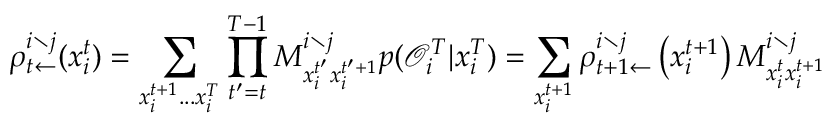
\rho _ { t \leftarrow } ^ { i \setminus j } ( x _ { i } ^ { t } ) = \sum _ { x _ { i } ^ { t + 1 } . . . x _ { i } ^ { T } } \prod _ { t ^ { \prime } = t } ^ { T - 1 } M _ { x _ { i } ^ { t ^ { \prime } } x _ { i } ^ { t ^ { \prime } + 1 } } ^ { i \setminus j } p ( \mathcal { O } _ { i } ^ { T } | x _ { i } ^ { T } ) = \sum _ { x _ { i } ^ { t + 1 } } \rho _ { t + 1 \leftarrow } ^ { i \setminus j } \left( x _ { i } ^ { t + 1 } \right) M _ { x _ { i } ^ { t } x _ { i } ^ { t + 1 } } ^ { i \setminus j }